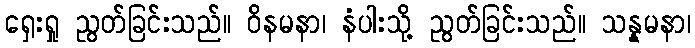
ရှေးရှု ညွတ်ခြင်းသည်။ ဝိနမနာ၊ နံပါးသို့ ညွတ်ခြင်းသည်။ သန္နမနာ၊